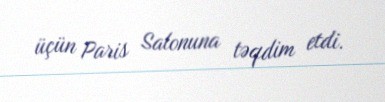
üçün Paris Salonuna təqdim etdi.